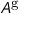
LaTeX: A ^ { \mathrm { g } }